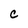
Character: C